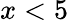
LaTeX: x<5